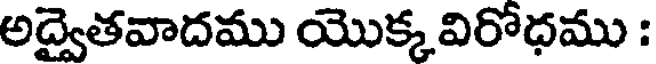
అద్వైతవాదము యొక్కవిరోధము :